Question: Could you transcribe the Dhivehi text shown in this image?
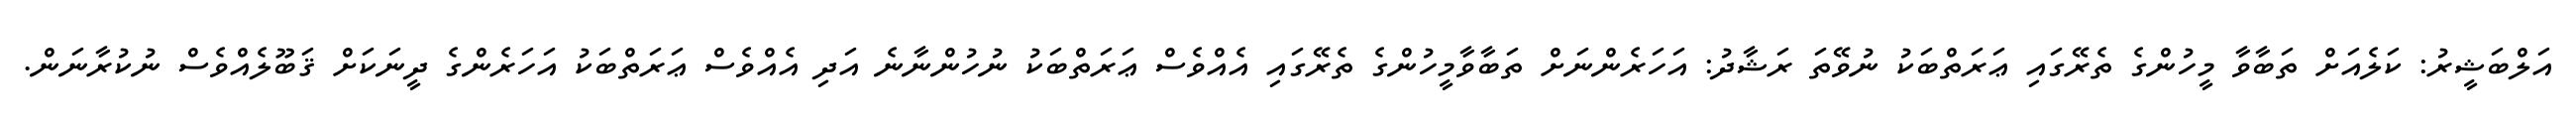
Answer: އަލްބަޝީރު: ކަލެއަށް ތަބާވާ މީހުންގެ ތެރޭގައި ޢަރަތްބަކު ނުވޭތަ ރަޝާދު: އަހަރެންނަށް ތަބާވާމީހުންގެ ތެރޭގައި އެއްވެސް ޢަރަތްބަކު ނުހުންނާނެ އަދި އެއްވެސް ޢަރަތްބަކު އަހަރެންގެ ދީނަކަށް ޤަބޫލެއްވެސް ނުކުރާނަން.